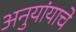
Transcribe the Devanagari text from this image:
अनुयांयाचे